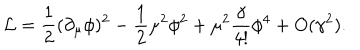
{ \cal { L } } = \frac { 1 } { 2 } ( \partial _ { \mu } \phi ) ^ { 2 } - \frac { 1 } { 2 } \mu ^ { 2 } \phi ^ { 2 } + \mu ^ { 2 } \frac { \gamma } { 4 ! } \phi ^ { 4 } + O ( \gamma ^ { 2 } ) .